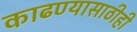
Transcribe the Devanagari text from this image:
काढण्यासाठीही